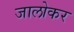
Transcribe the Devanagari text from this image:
जालोकर